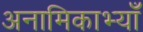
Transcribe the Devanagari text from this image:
अनामिकाभ्याँ